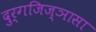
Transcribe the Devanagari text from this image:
दुर्गजिज्ञासा